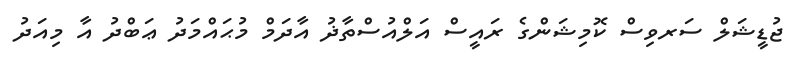
ޖުޑީޝަލް ސަރވިސް ކޮމިޝަންގެ ރައީސް އަލްއުސްތާޛު އާދަމް މުޙައްމަދު ޢަބްދު އާ މިއަދު